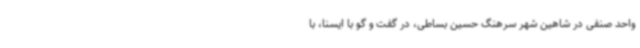
واحد صنفی در شاهین شهر سرهنگ حسین بساطی، در گفت و گو با ایسنا، با